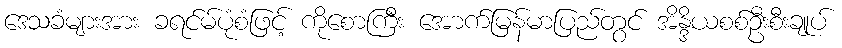
ဒေသခံများအား ခရင်မ်ပုံစံဖြင့် ကိုစောကြီး အောက်မြန်မာပြည်တွင် အိန္ဒိယစစ်ဦးစီးချုပ်